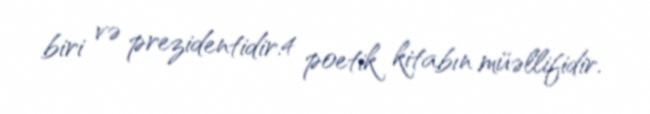
biri və prezidentidir.4 poetik kitabın müəllifidir.